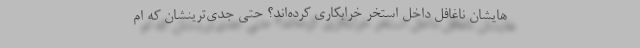
هایشان ناغافل داخل استخر خرابکاری کرده‌اند؟ حتی جدی‌ترینشان که ام